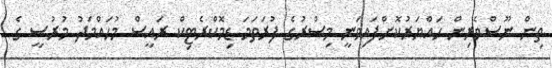
ތިން ނޫސްވެރިން ހައްޔަރުކޮށްފައިވަނީ މިސްރުގެ ފުރަތަމަ ޑިމޮކްރެޓިކް ރައީސް މުހައްމަދު މުރުސީ ގެ